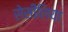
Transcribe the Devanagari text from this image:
सेसीलिया